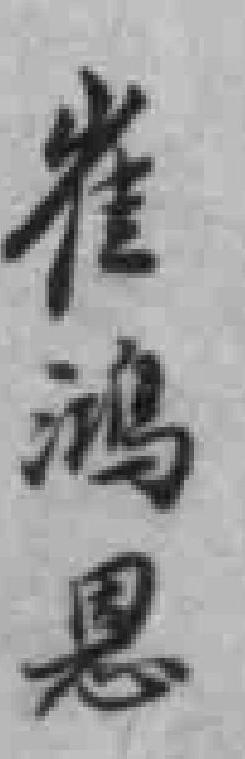
崔鴻恩